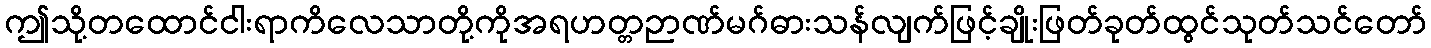
ဤသို့တထောင်ငါးရာကိလေသာတို့ကိုအရဟတ္တဉာဏ်မဂ်ဓားသန်လျက်ဖြင့်ချိုးဖြတ်ခုတ်ထွင်သုတ်သင်တော်